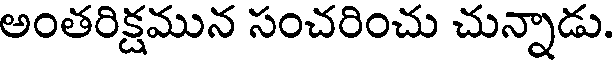
అంతరిక్షమున సంచరించు చున్నాడు.